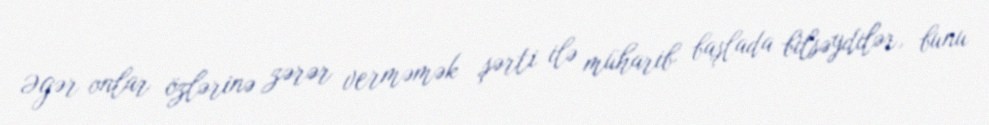
Əgər onlar özlərinə zərər verməmək şərti ilə müharib başlada bilsəydilər, bunu